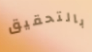
بالتحقيق